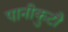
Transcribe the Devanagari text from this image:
पानीकुटौ